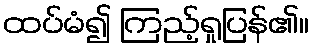
ထပ်မံ၍ ကြည့်ရှုပြန်၏။